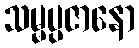
သမ္မပ္ပဇာနော